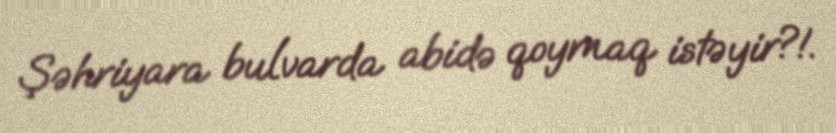
Şəhriyara bulvarda abidə qoymaq istəyir?!.